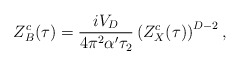
\begin{align*}Z^c_B(\tau) = {{i V_D} \over {4\pi^2 \alpha' \tau_2}} \left( Z^c_X(\tau) \right)^{D-2},\end{align*}